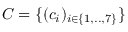
C = \{ ( c _ { i } ) _ { i \in \{ 1 , . . , 7 \} } \}